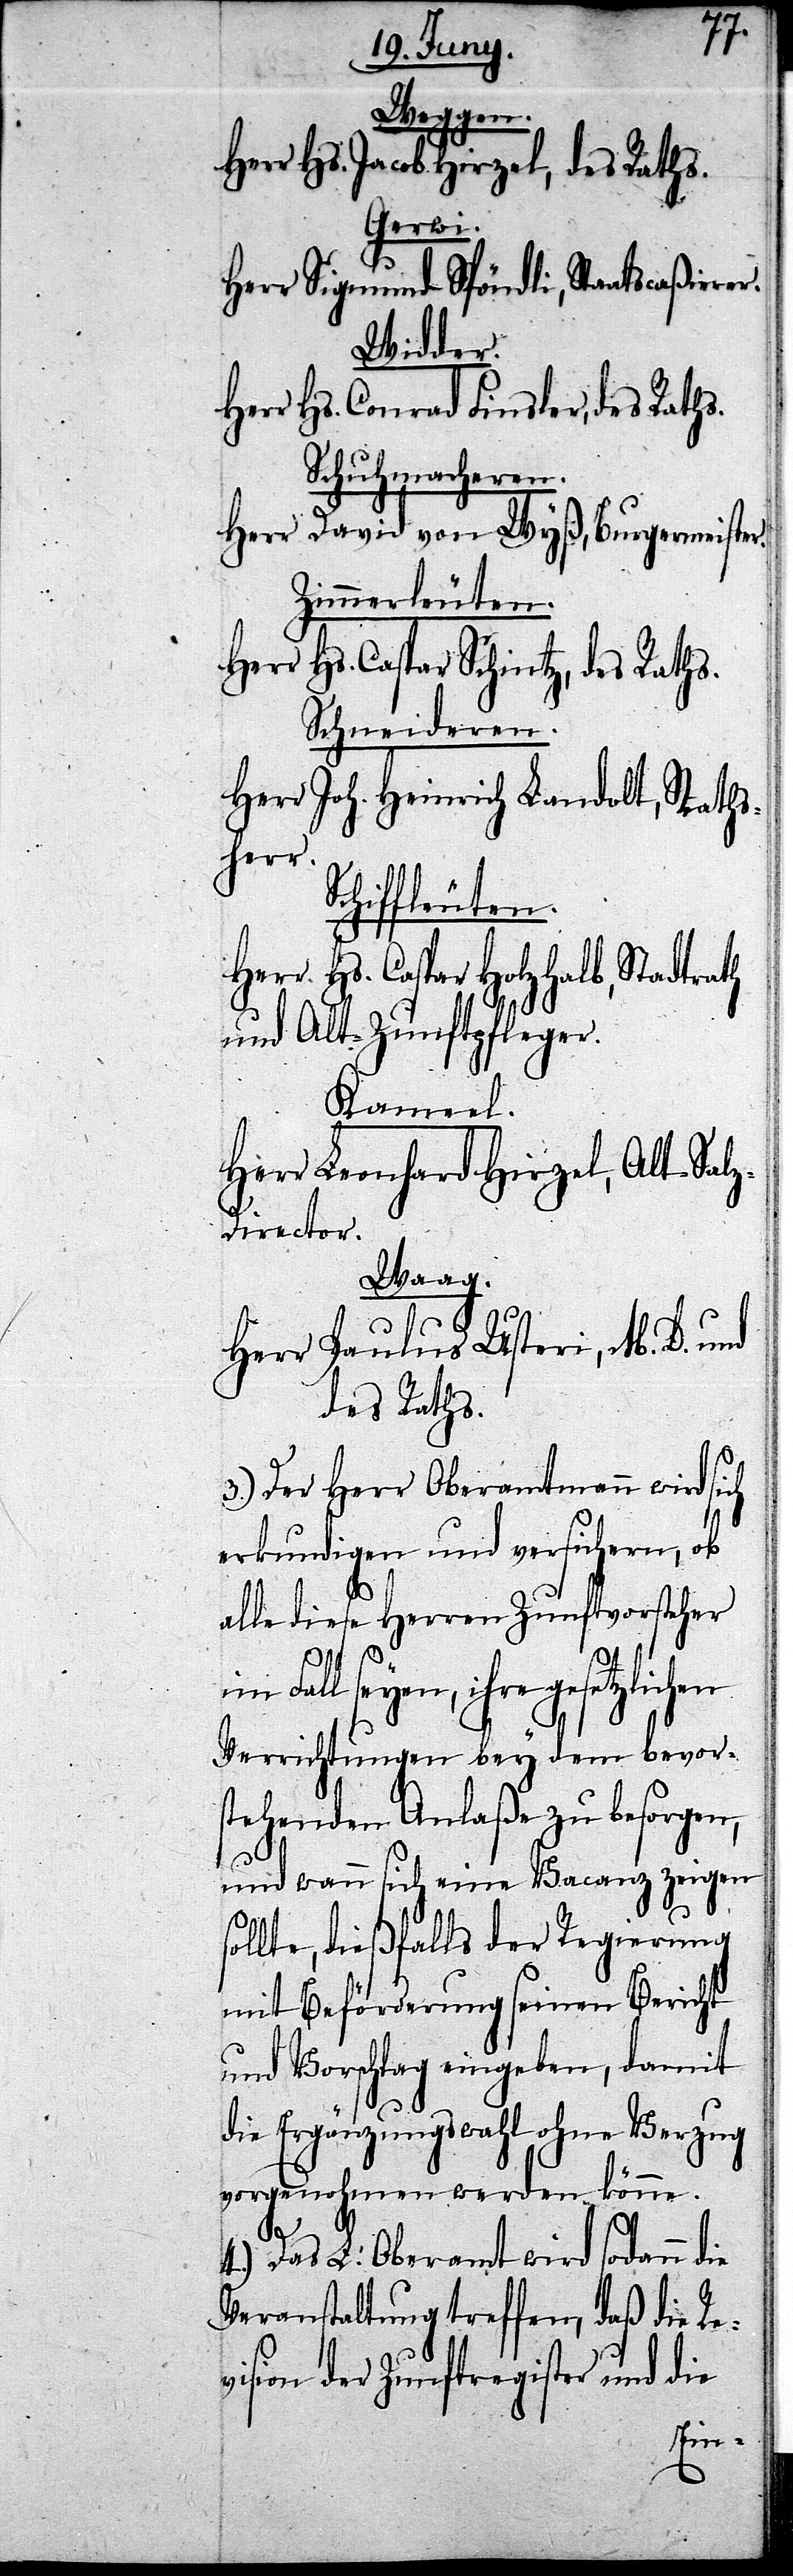
Weggen.
Herr. Hs. Jacob Hirzel, des Raths.
Gerwi.
Herr Sigmund Spöndli, Staatscaßierer.
Widder.
Herr Hs. Conrad Finsler, des Raths.
Schuhmacheren.
Herr David von Wyß, Burgermeister.
Zimmerleuten.
Herr Hs. Caspar Schintz, des Raths.
Schneideren.
Herr Joh. Heinrich Landolt, Raths¬
herr.
Schiffleuten.
Herr Hs. Caspar Holzhalb, Stadtrath
und Alt-Zunftpfleger.
Kameel.
Herr Leonhard Hirzel, Alt-Sal¬
z-Director.
Waag.
Herr Paulus Usteri, M. D. und
des Raths.
3.) Der Herr Oberamtmann wird sich
erkundigen und versichern, ob
alle diese Herren Zunftvorsteher
Fal¬
l seyen, ihre gesetzlichen
Verrichtungen bey dem bevor¬
stehenden Anlaße zu besorgen,
und wenn sich eine Vacanz zeigen
sollte, dießfalls der Regierung
mit Beförderung seinen Bericht
und Vorschlag eingeben, damit
die Ergänzungswahl ohne Verzug
vorgenohmen werden könne.
4.) Das L. Oberamt wird sodann die
Veranstaltung treffen, daß die Re¬
vision der Zunftregister und die